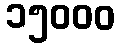
၁၅၀၀၀